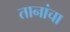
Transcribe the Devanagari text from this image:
तानांचा